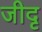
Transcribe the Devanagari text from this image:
जीदृ